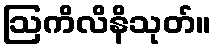
ဩကိလိနိသုတ်။